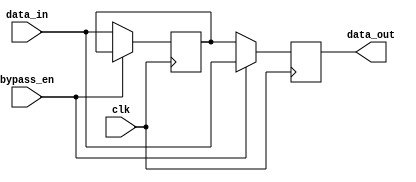
module variable_width_bypass_register (
    input wire clk,
    input wire bypass_en,
    input wire [7:0] data_in,
    output reg [7:0] data_out
);

reg [7:0] register;

always @(posedge clk) begin
    if (bypass_en)
        data_out <= data_in;
    else
        data_out <= register;
end

always @(posedge clk) begin
    if (!bypass_en)
        register <= data_in;
end

endmodule